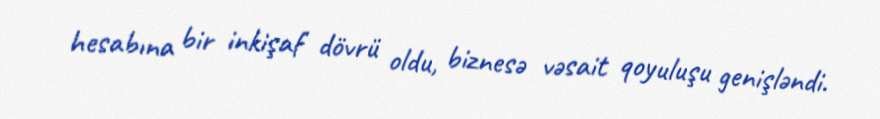
hesabına bir inkişaf dövrü oldu, biznesə vəsait qoyuluşu genişləndi.